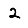
Digit: 2